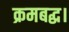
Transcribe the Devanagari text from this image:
क्रमबद्ध।